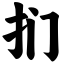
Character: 扪